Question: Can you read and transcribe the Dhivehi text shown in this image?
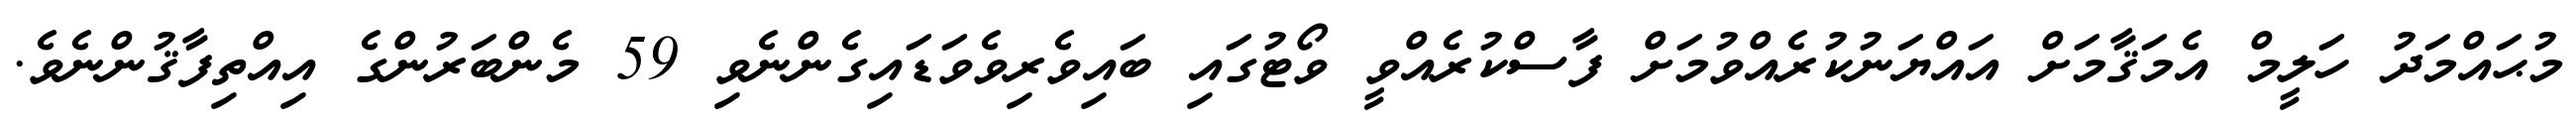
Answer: މުޙައްމަދު ހަލީމް އެމަޤާމަށް އައްޔަނުކުރެއްވުމަށް ފާސްކުރެއްވީ ވޯޓުގައި ބައިވެރިވެވަޑައިގެންނެވި 59 މެންބަރުންގެ އިއްތިފާޤުންނެވެ.